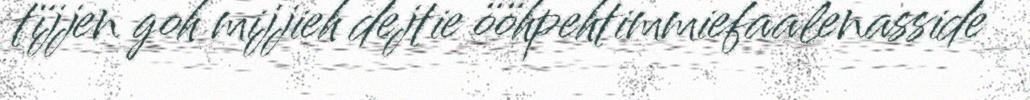
tïjjen goh mijjieh dejtie ööhpehtimmiefaalenasside